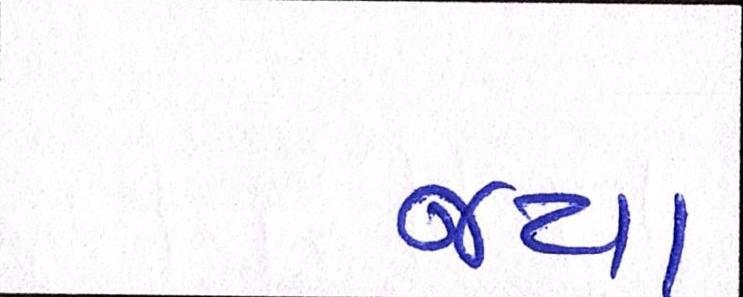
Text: જયા